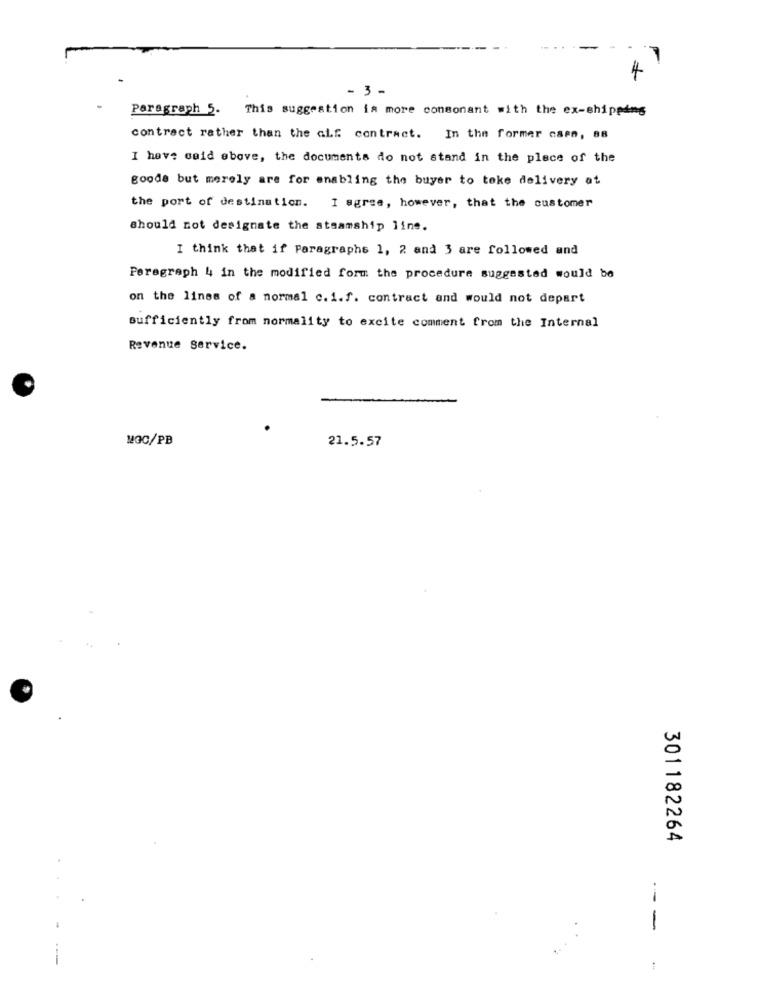
4
- 3 -
Paragraph 5. This suggestion is more consonant with the ex-shipping
contract rather than the aif contract. In the former caso, 88
I have said above, the documents do not stand in the place of the
goods but merely are for enabling the buyer to toke delivery at
the port of destination. I agree, however, that the customer
should not designate the steamship line.
I think that if Paragraphs 1, 2 and 3 are followed and
Peregraph 4 in the modified form the procedure suggested would be
on the lines of a normal c. i.f. contract and would not depart
sufficiently from normality to excite comment from the Internal
Revenue service.
MGC/PB
21.5.57
301182264